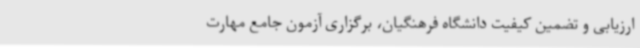
ارزیابی و تضمین کیفیت دانشگاه فرهنگیان، برگزاری آزمون جامع مهارت